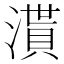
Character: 𣽒